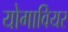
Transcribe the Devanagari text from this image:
योगावियर